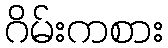
ဂိမ်းကစား